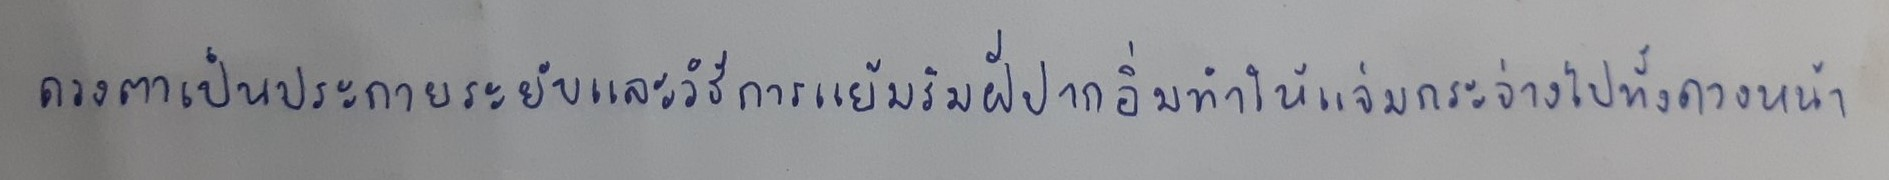
ดวงตาเป็นประกายระยับและวิธีการแย้มริมฝีปากอิ่มทำให้แจ่มกระจ่างไปทั้งดวงหน้า